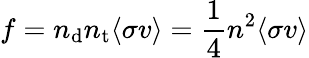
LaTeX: f=n_{\mathrm{d}}n_{\mathrm{t}}\langle\sigma v\rangle={\frac{1}{4}}n^{2}\langle\sigma v\rangle